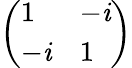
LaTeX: \left(\begin{array}{ll}{1}&{-\mathit{i}}\\ {-\mathit{i}}&{1}\end{array}\right)